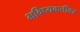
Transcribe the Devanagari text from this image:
भविष्यकर्तीवर